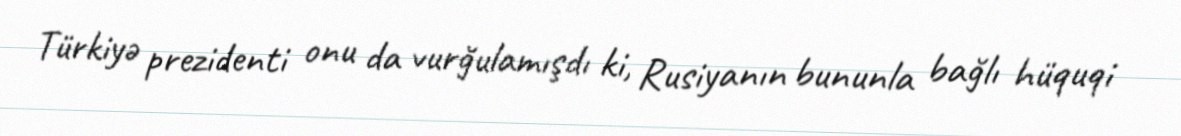
Türkiyə prezidenti onu da vurğulamışdı ki, Rusiyanın bununla bağlı hüquqi